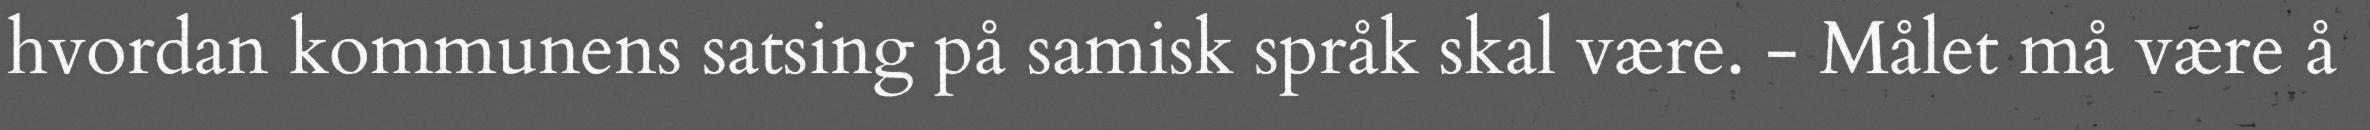
hvordan kommunens satsing på samisk språk skal være. - Målet må være å